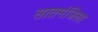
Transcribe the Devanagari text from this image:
सातमंजिला